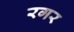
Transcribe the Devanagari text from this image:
रगर